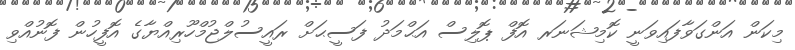
މިކަން އަންގަވާފައިވަނީ ކޮމިޝަނަރ އޮފް ޕޮލިސް އަޙްމަދު ފަސީޙަށް ރައީސުލްޖުމްހޫރިއްޔާގެ އޮފީހުން ފޮނުއްވި